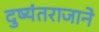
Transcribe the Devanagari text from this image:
दुष्यंतराजाने